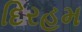
દિરહમ